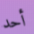
أحد